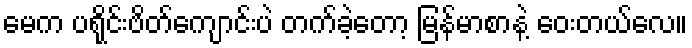
မေက ပရိုင်းဗိတ်ကျောင်းပဲ တက်ခဲ့တော့ မြန်မာစာနဲ့ ဝေးတယ်လေ။